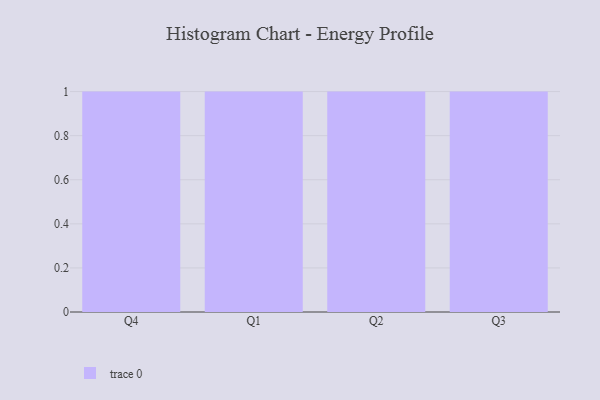
{"axis": {"x": "Quarter", "y": "Conversion Rate (%)"}, "legend": [""], "data": [{"x": "Q4", "y": 25, "type": ""}, {"x": "Q1", "y": 20, "type": ""}, {"x": "Q2", "y": 57, "type": ""}, {"x": "Q3", "y": 42, "type": ""}]}